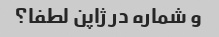
و شماره در ژاپن لطفا؟